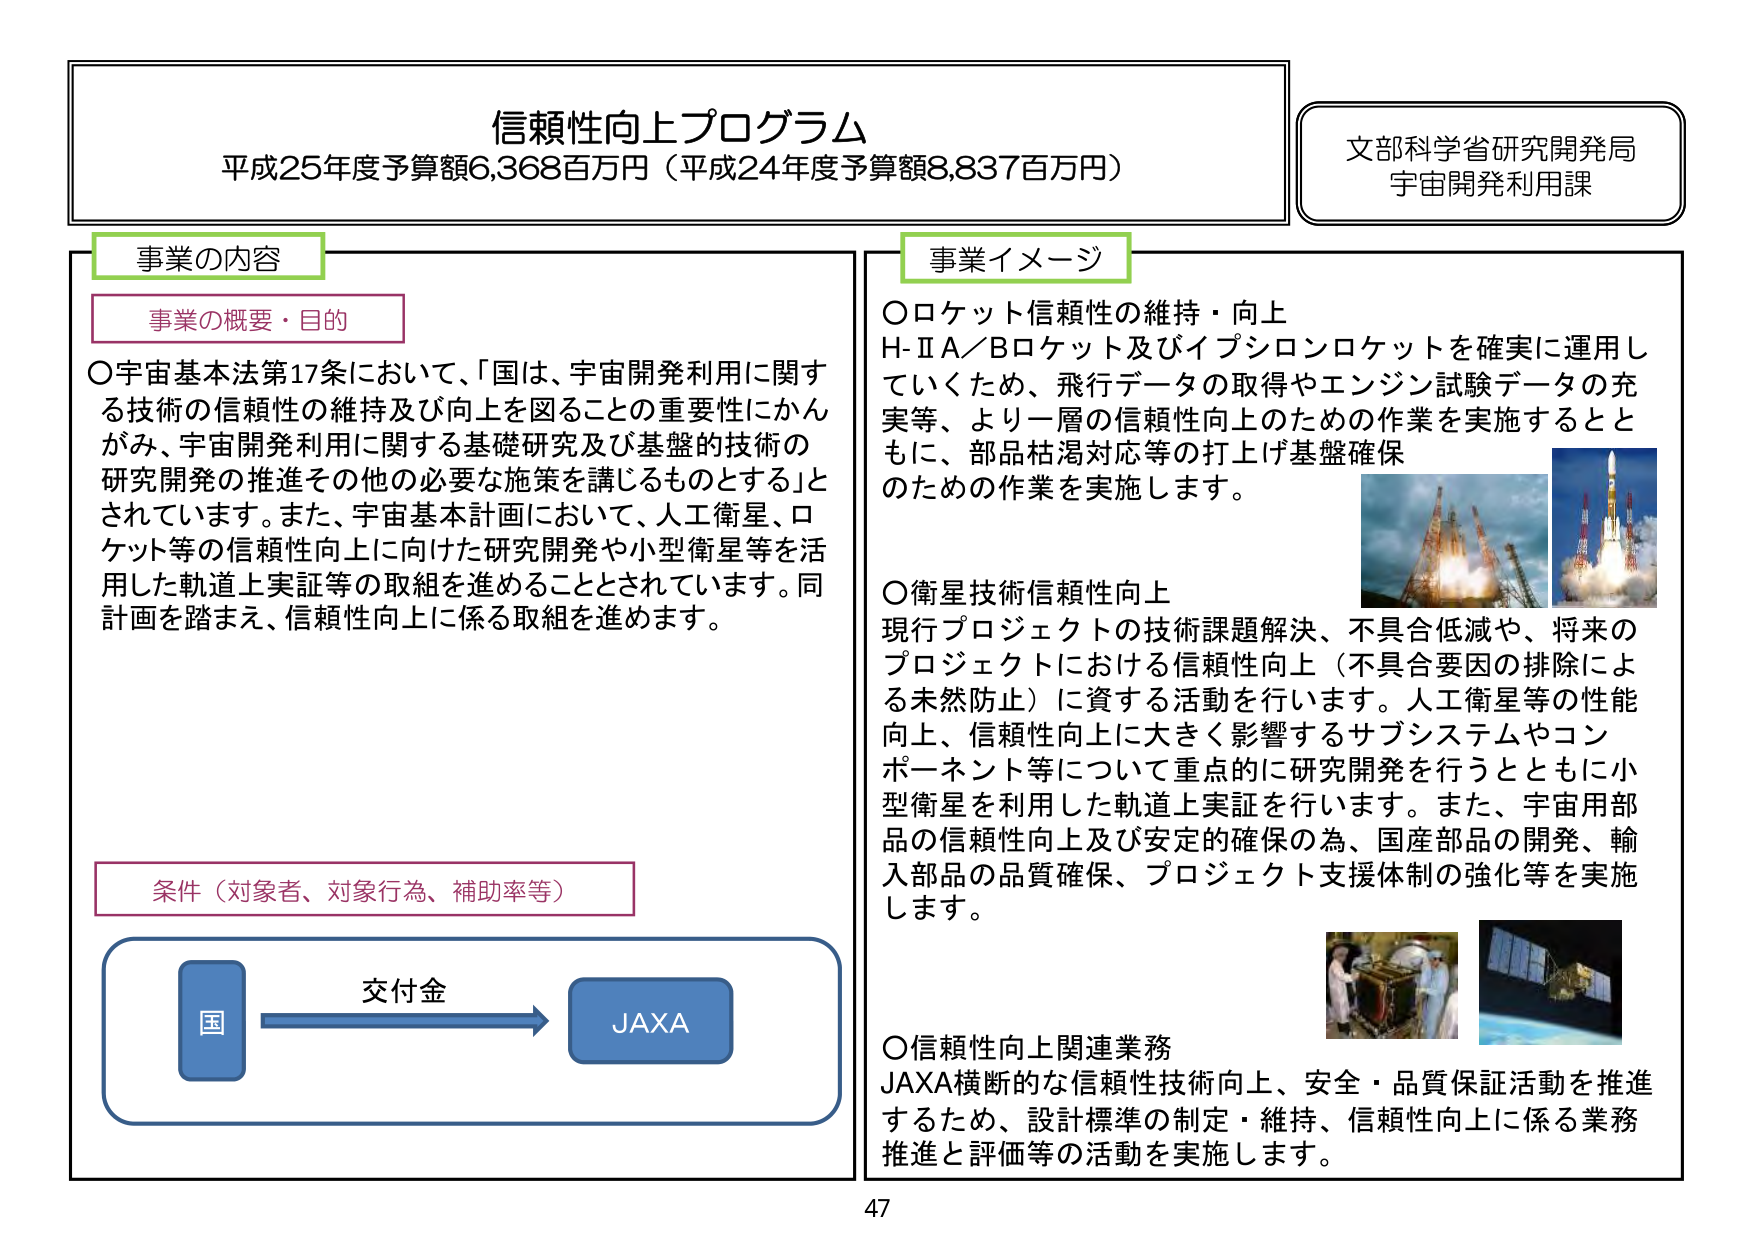
信頼性向上プログラム
平成25年度予算額6,368百万円（平成24年度予算額8,837百万円）

文部科学省研究開発局
宇宙開発利用課

事業の内容

事業の概要・目的
○宇宙基本法第17条において、「国は、宇宙開発利用に関する技術の信頼性の維持及び向上を図ることの重要性にかんがみ、宇宙開発利用に関する基礎研究及び基盤的技術の研究開発の推進その他の必要な施策を講じるものとする」とされています。また、宇宙基本計画において、人工衛星、ロケット等の信頼性向上に向けた研究開発や小型衛星等を活用した軌道上実証等の取組を進めることとされています。同計画を踏まえ、信頼性向上に係る取組を進めます。

条件（対象者、対象行為、補助率等）
国 → 交付金 → JAXA

事業イメージ
○ロケット信頼性の維持・向上
H-ⅡA／Bロケット及びイプシロンロケットを確実に運用していくため、飛行データの取得やエンジン試験データの充実等、より一層の信頼性向上のための作業を実施するとともに、部品枯渇対応等の打上げ基盤確保のための作業を実施します。

○衛星技術信頼性向上
現行プロジェクトの技術課題解決、不具合低減や、将来のプロジェクトにおける信頼性向上（不具合要因の排除による未然防止）に資する活動を行います。人工衛星等の性能向上、信頼性向上に大きく影響するサブシステムやコンポーネント等について重点的に研究開発を行うとともに小型衛星を利用した軌道上実証を行います。また、宇宙用部品の信頼性向上及び安定的確保の為、国産部品の開発、輸入部品の品質確保、プロジェクト支援体制の強化等を実施します。

○信頼性向上関連業務
JAXA横断的な信頼性技術向上、安全・品質保証活動を推進するため、設計標準の制定・維持、信頼性向上に係る業務推進と評価等の活動を実施します。

47